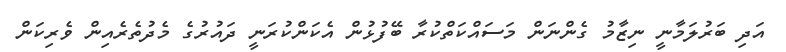
އަދި ބަރުލަމާނީ ނިޒާމު ގެންނަން މަސައްކަތްކުރާ ބޭފުޅުން އެކަންކުރަނީ ދައުރުގެ މެދުތެރެއިން ވެރިކަން